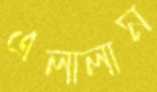
এলালাম